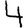
Digit: 4